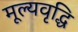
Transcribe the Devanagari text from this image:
मूल्‍यवृद्धि